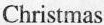
Christmas